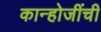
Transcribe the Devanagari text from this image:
कान्होजींची